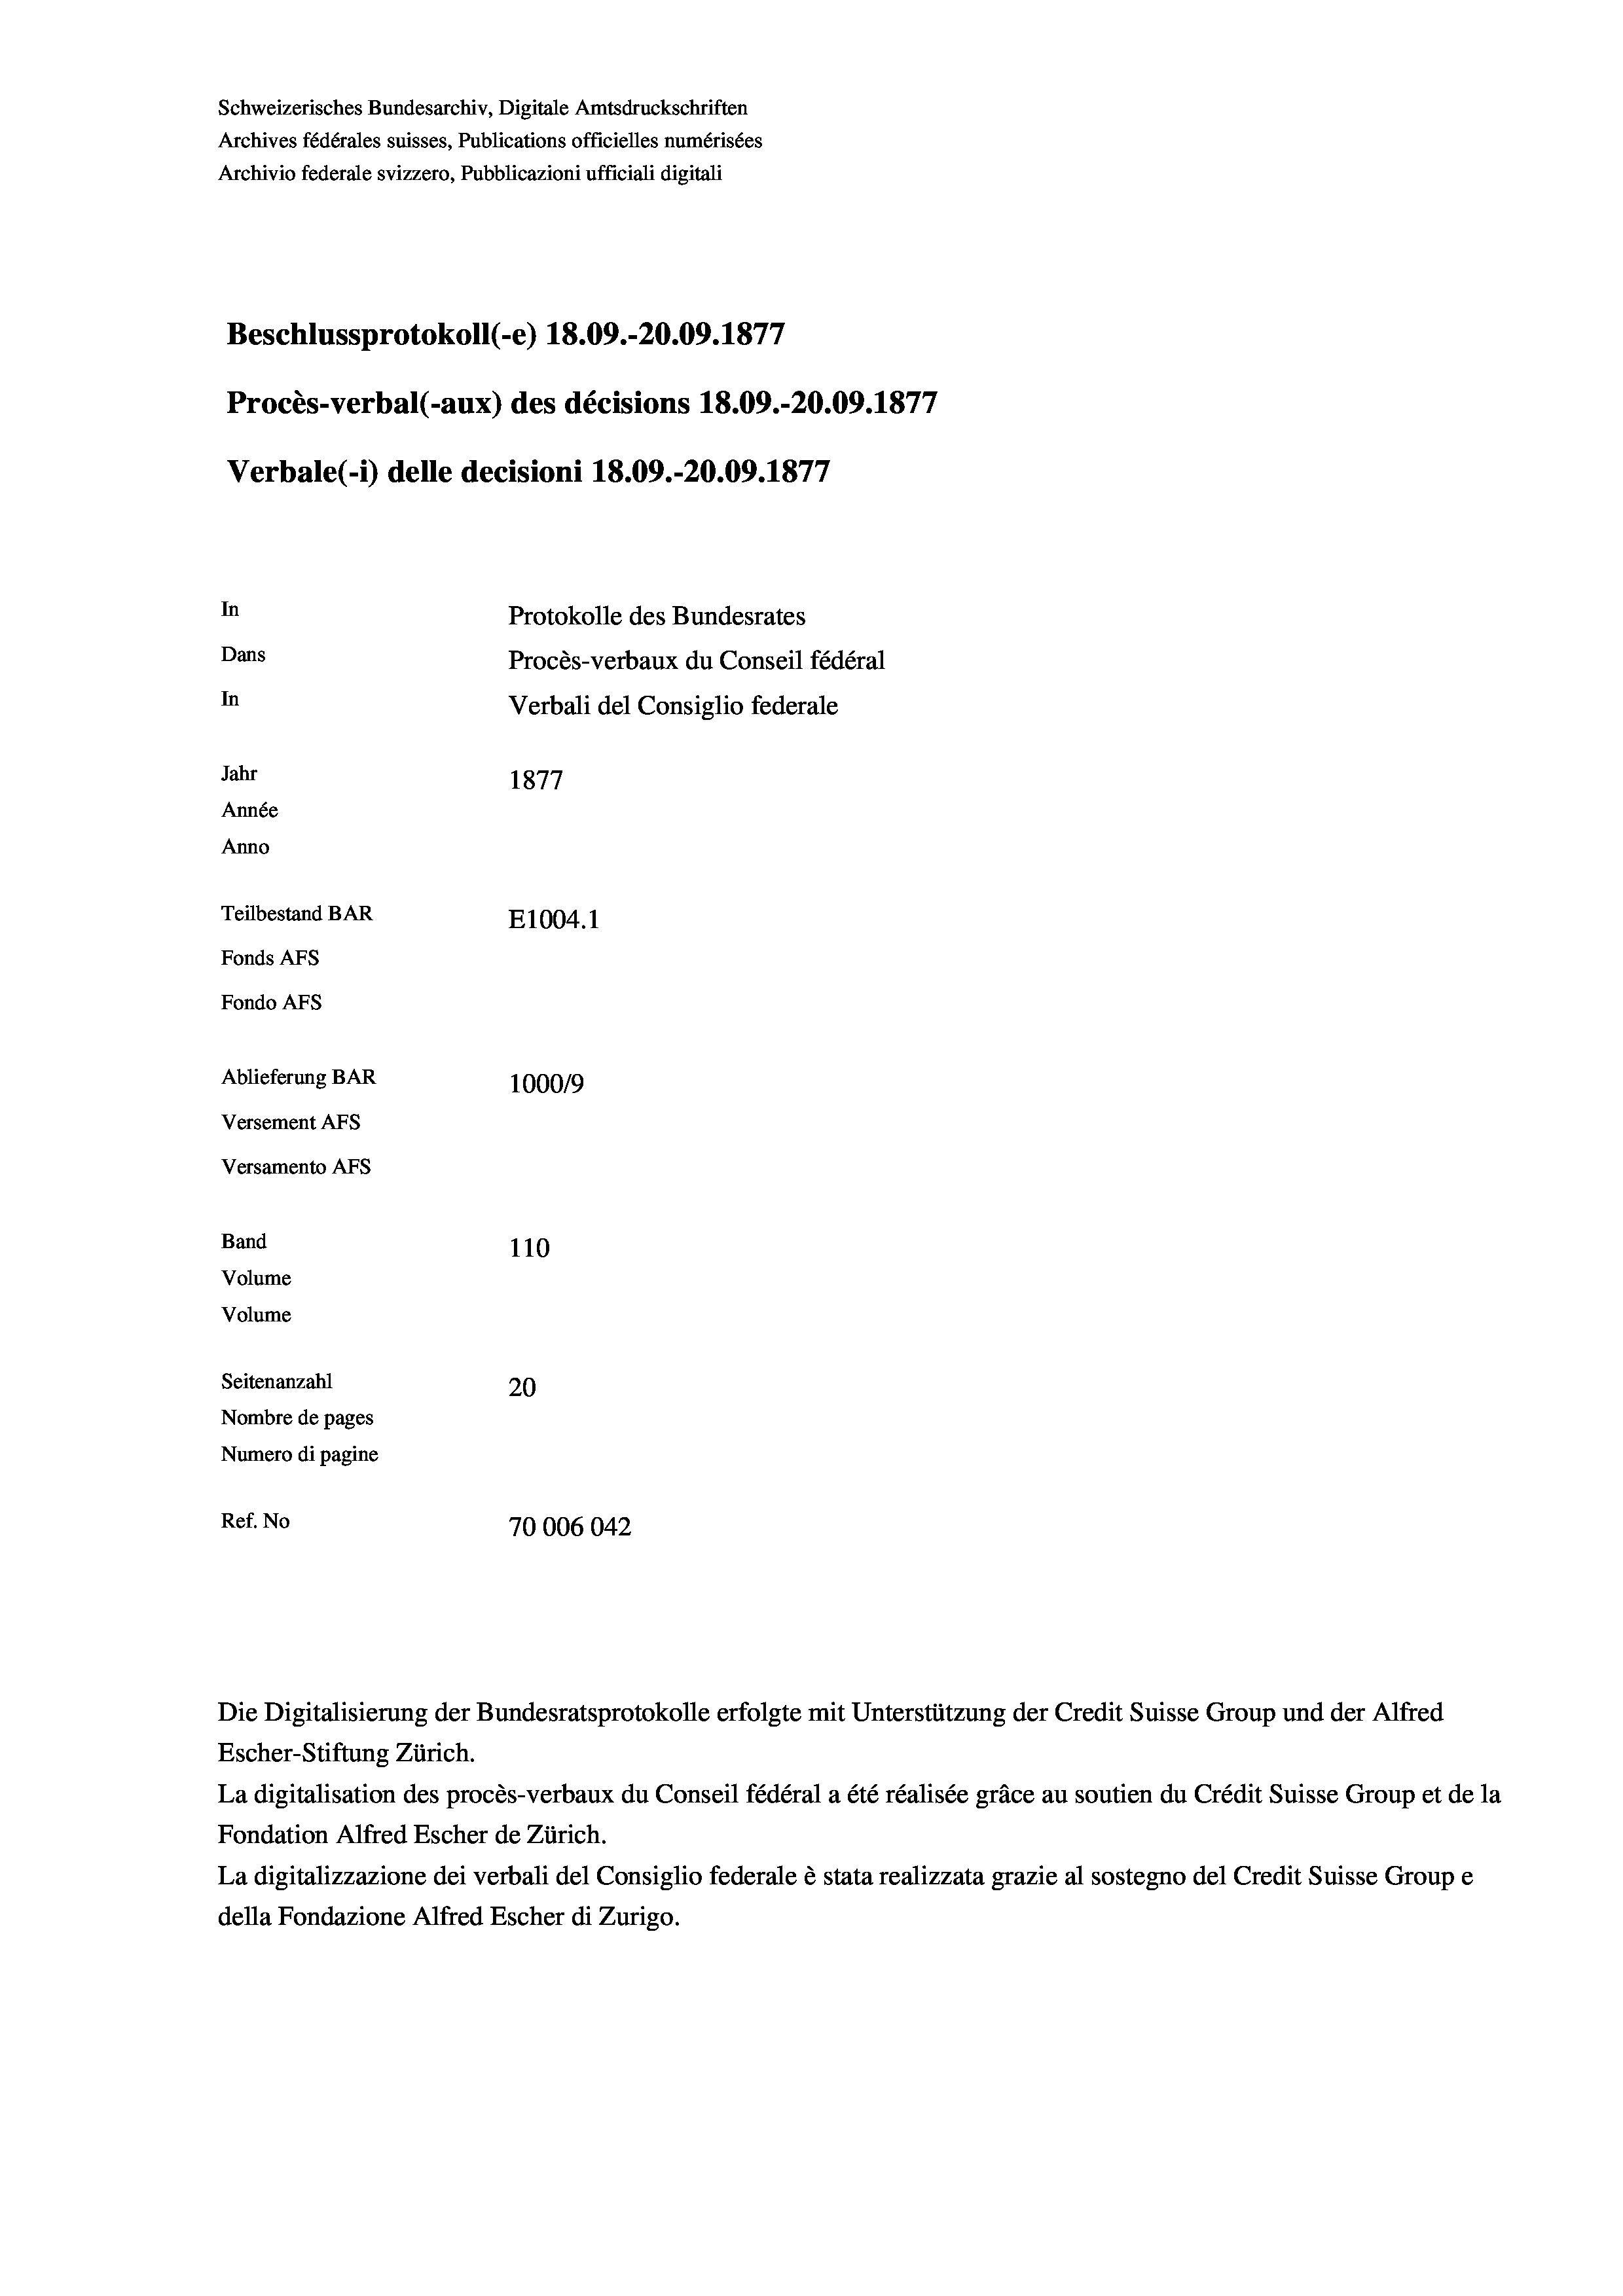
Schweizerisches Bundesarchiv, Digitale Amtsdruckschriften
Archives fédérales suisses, Publications officielles numérisées
Archivio federale svizzero, Pubblicazioni ufficiali digitali
Beschlussprotokoll (-e) 18.09.-20.09. 1877
Procès-verbal (-aux) des décisions 18.09.-20.09. 1877
Verbale (- 1) delle decisioni 18.09.-20.09. 1877
In
Protokolle des Bundesrates
Dans
Procès-verbaux du Conseil fédéral
In
Verbali del Consiglio federale
Jahr
1877
Année
Anno
Teilbestand BAR
E1004.1
Fonds AFs
Fondo AFS
Ablieferung BAR
100019
Versement AFs
Versamento Afs
Band
110
Volume
Volume
Seitenanzahl
20
Nombre de pages
Numero di pagine
Ref. No
70006042

Die Digitalisierung der Bundesratsprotokolle erfolgte mit Unterstützung der Credit Suisse Group und der Alfred

Escher-Stiftung Zürich.
La digitalisation des procès-verbaux du Conseil fédéral a été réalisée gräce au soutien du Crédit Suisse Group et de la
Fondation Alfred Escher de Zürich.
La digitalizzazione dei verbali del Consiglio federale è stata realizzata grazie al sostegno del Credit Suisse Groupe
della Fondazione Alfred Escher di Zurigo.